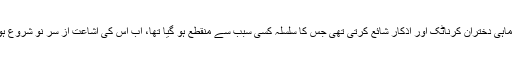
انہوں نے بتایا کہ کرناٹک اردو اکادمی ماہانہ خبرنامہ، ادیب، صدائے اطفال، سہ ماہی دختران کرناٹک اور اذکار شائع کرتی تھی جس کا سلسلہ کسی سبب سے منقطع ہو گیا تھا، اب اس کی اشاعت از سر نو شروع ہوگی جس کے لیے مجلس ادارات، سرپرست اور معاون مدیر کا انتخاب ہو رہا ہے۔